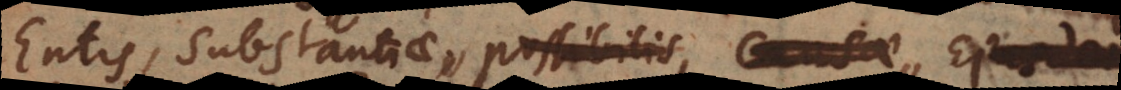
Entis, Substantiae, possibilis causae,